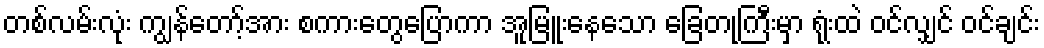
တစ်လမ်းလုံး ကျွန်တော့်အား စကားတွေပြောကာ အူမြူးနေသော ခြေတုကြီးမှာ ရုံးထဲ ဝင်လျှင် ဝင်ချင်း